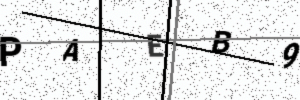
Text: PAEB9